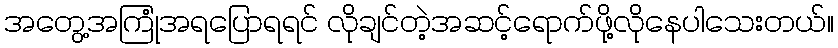
အတွေ့အကြုံအရပြောရရင် လိုချင်တဲ့အဆင့်ရောက်ဖို့လိုနေပါသေးတယ်။